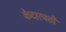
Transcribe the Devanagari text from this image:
केदारपत्ती